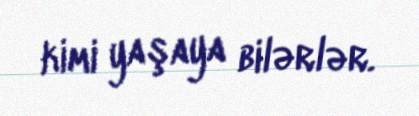
kimi yaşaya bilərlər.